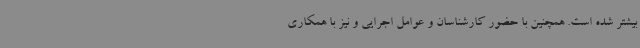
بیشتر شده است. همچنین با حضور کارشناسان و عوامل اجرایی و نیز با همکاری